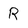
Character: R